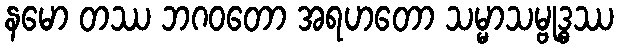
နမော တဿ ဘဂဝတော အရဟတော သမ္မာသမ္ဗုဒ္ဓဿ